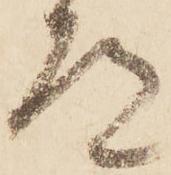
道